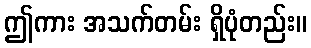
ဤကား အသက်တမ်း ရှိပုံတည်း။